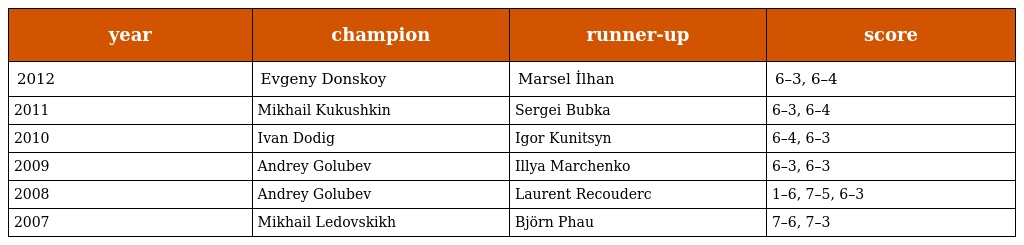
| year | champion | runner-up | score |
 | --- | --- | --- | --- |
 | 2012 | Evgeny Donskoy | Marsel İlhan | 6–3, 6–4 |
 | 2011 | Mikhail Kukushkin | Sergei Bubka | 6–3, 6–4 |
 | 2010 | Ivan Dodig | Igor Kunitsyn | 6–4, 6–3 |
 | 2009 | Andrey Golubev | Illya Marchenko | 6–3, 6–3 |
 | 2008 | Andrey Golubev | Laurent Recouderc | 1–6, 7–5, 6–3 |
 | 2007 | Mikhail Ledovskikh | Björn Phau | 7–6, 7–3 |